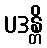
ပဒန္တိ